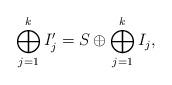
LaTeX: \begin{align*}\bigoplus_{j=1}^k I_j'=S \oplus \bigoplus_{j=1}^k I_j,\end{align*}